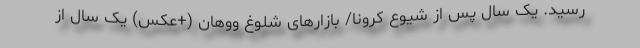
رسید. یک سال پس از شیوع کرونا/ بازارهای شلوغ ووهان (+عکس) یک سال از